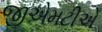
જીએમટીએ